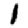
Digit: 1